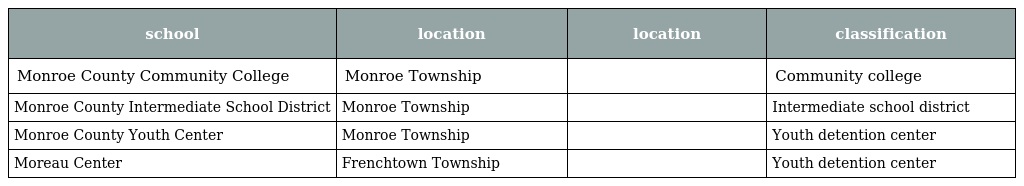
| school | location | location | classification |
 | --- | --- | --- | --- |
 | Monroe County Community College | Monroe Township |  | Community college |
 | Monroe County Intermediate School District | Monroe Township |  | Intermediate school district |
 | Monroe County Youth Center | Monroe Township |  | Youth detention center |
 | Moreau Center | Frenchtown Township |  | Youth detention center |